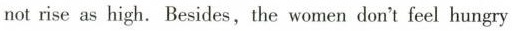
not rise as high. Besides, the women don't feel hungry